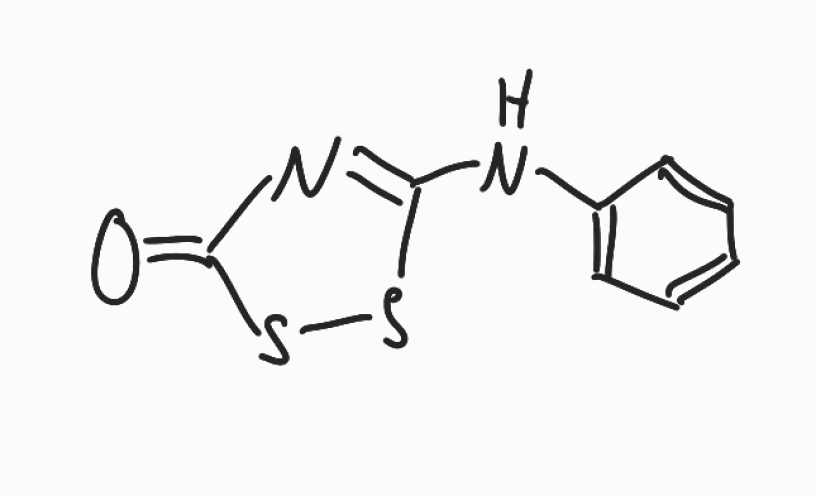
Simplified molecular-input line-entry system (SMILES) notation of the given molecule:
C1=CC=C(C=C1)NC2=NC(=O)SS2